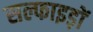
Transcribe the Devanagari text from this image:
सल्फाइड़ों